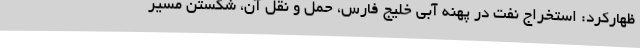
ظهارکرد: استخراج نفت در پهنه آبی خلیج فارس، حمل و نقل آن، شکستن مسیر